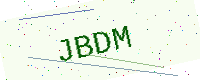
Text: JBDM